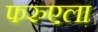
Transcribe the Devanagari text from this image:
फरुएला